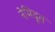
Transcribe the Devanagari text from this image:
नेमिदूत